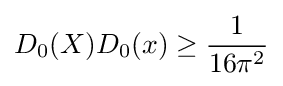
D_{0}(X)D_{0}(x)\geq {\frac {1}{16\pi ^{2}}}